Rangoon Lunatic Asylum 1878-1892 - 1878-1892
Year: 1878
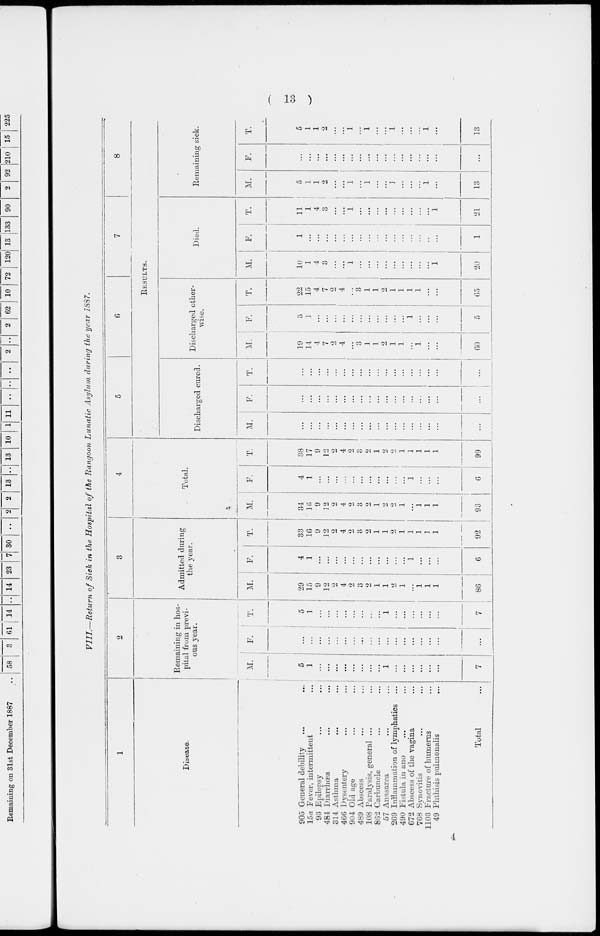
( 13 )
VIII.—Return of Sick in the Hospital of the Rangoon Lunatic Asylum during the year 1887.
1
Disease.
905
15a
93
484
314
466
904
489
108
862
57
269
490
672
768
1103
49
General debility ... ...
Fever, intermittent ...
Epilepsy ... ...
Diarrhœa
...
...
Asthma
...
...
Dysentery
...
...
Old age
...
...
Abscess
...
...
Paralysis, general ...
...
Carbuncle
...
...
Anasarca ... ...
Inflammation of lymphatics ...
Fistula in ano ... ...
Abscess of the vagina ...
Synovitis ... ...
Fracture of humerus ... ...
Phthisis pulmonalis ... ...
Total ...
2
Remaining in hos-
pital from previ-
ous year.
M.
5
1
...
...
...
...
...
...
...
...
1
...
...
...
...
...
...
7
F.
...
...
...
...
...
...
...
...
...
...
...
...
...
...
...
...
...
...
T.
5
1
...
...
...
...
...
...
...
...
1
...
...
...
...
...
...
7
3
Admitted during
the year.
M.
29
15
9
12
2
4
2
3
2
1
1
2
1
...
1
1
1
86
F.
4
1
...
...
...
...
...
...
...
...
...
...
...
1
...
...
...
6
T.
33
16
9
12
2
4
2
3
2
1
1
2
1
1
1
1
1
92
4
Total.
M.
34
16
9
12
2
4
2
3
2
1
2
2
1
...
1
1
1
93
F.
4
1
...
...
...
...
...
...
...
...
...
...
...
1
...
...
...
6
T.
38
17
9
12
2
4
2
3
2
1
2
2
1
1
1
1
1
99
5
6
7
8
RESULTS.
Discharged cured.
M.
...
...
...
...
...
...
...
...
...
...
...
...
...
...
...
...
...
...
F.
...
...
...
...
...
...
...
...
...
...
...
...
...
...
...
...
...
...
T.
...
...
...
...
...
...
...
...
...
...
...
...
...
...
...
...
...
...
Discharged other-
wise.
M.
19
14
4
7
2
4
...
3
1
1
2
1
1
...
1
...
...
60
F.
3
1
...
...
...
...
...
...
...
...
...
...
...
1
...
...
...
5
T.
22
15
4
7
2
4
...
3
1
1
2
1
1
1
1
...
...
65
Died.
M.
10
1
4
3
...
...
1
...
...
...
...
...
...
...
...
...
1
20
F.
1
...
...
...
...
...
...
...
...
...
...
...
...
...
...
...
...
1
T.
11
1
4
3
...
...
1
...
...
...
...
...
...
...
...
...
1
21
Remaining sick.
M.
5
1
1
2
...
...
1
...
1
...
...
1
...
...
...
1
...
13
F.
...
...
...
...
...
...
...
...
...
...
...
...
...
...
...
...
...
...
T.
5
1
1
2
...
...
1
...
1
...
...
1
...
...
...
1
...
13